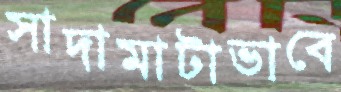
সাদামাটাভাবে